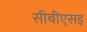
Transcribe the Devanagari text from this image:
सीबीएसइ